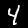
Digit: 4